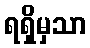
ရရှိမှသာ